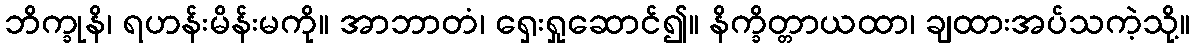
ဘိက္ခုနိ၊ ရဟန်းမိန်းမကို။ အာဘာတံ၊ ရှေးရှုဆောင်၍။ နိက္ခိတ္တာယထာ၊ ချထားအပ်သကဲ့သို့။